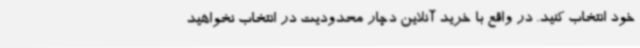
خود انتخاب کنید. در واقع با خرید آنلاین دچار محدودیت در انتخاب نخواهید